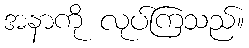
အနာကို လုပ်ကြသည်။